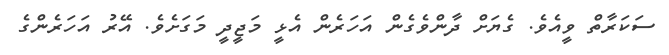
ސަކަރާތް ވީއެވެ. ގެޔަށް ދާންވެގެން އަހަރެން އެޅީ މަޖީދީ މަގަށެވެ. އޭރު އަހަރެންގެ